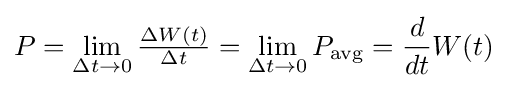
P=\lim _{\Delta t\rightarrow 0}{\tfrac {\Delta W(t)}{\Delta t}}=\lim _{\Delta t\rightarrow 0}P_{\mathrm {avg} }={\frac {d}{dt}}W(t)